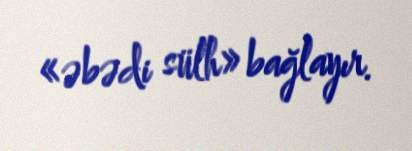
«əbədi sülh» bağlayır.